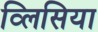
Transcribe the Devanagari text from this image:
व्लिसिया